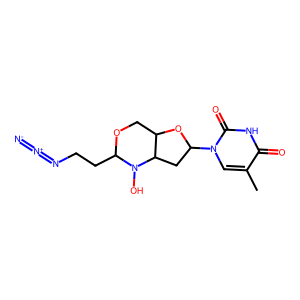
SMILES: Cc1cn(C2CC3C(COC(CCN=[N+]=[N-])N3O)O2)c(=O)[nH]c1=O
Inhibits HIV replication: Yes